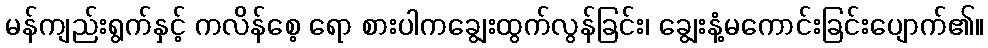
မန်ကျည်းရွက်နှင့် ကလိန်စေ့ ရော စားပါကချွေးထွက်လွန်ခြင်း၊ ချွေးနံ့မကောင်းခြင်းပျောက်၏။